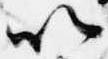
以